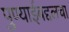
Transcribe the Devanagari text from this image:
पुण्याईबद्दलचा